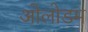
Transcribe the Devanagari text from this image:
ओलोडम